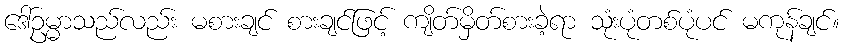
ဒေါ်ဥမ္မာသည်လည်း မစားချင် စားချင်ဖြင့် ကျိတ်မှိတ်စားခဲ့ရာ သုံးပုံတစ်ပုံပင် မကုန်ချင်။